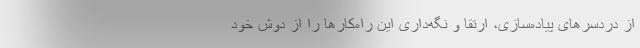
از دردسرهای پیاده‌سازی، ارتقا و نگه‌داری این راه‌کارها را از دوش خود